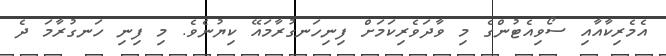
އެމެރިކާއާއި ސޯވިއެޓުންގެ މި ވާދަވެރިކަމަށް ފިނިހަނގުރާމައޭ ކިޔުނެވެ. މި ފިނި ހަނގުރާމަ ދެ